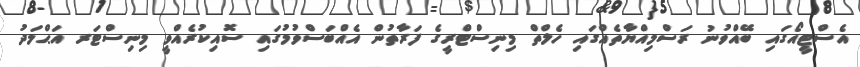
އެސްޓީއޯގައި ބޭއްވުނު ރަސްމިއްޔާތެއްގައި ހެލްތް މިނިސްޓްރީގެ ފަރާތުން އެއްބަސްވުމުގައި ސޮއިކުރެއްވީ މިނިސްޓަރ އަޙްމަދު